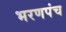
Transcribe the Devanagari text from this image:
भरणपंच